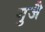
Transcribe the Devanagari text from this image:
गुजै